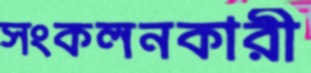
সংকলনকারী